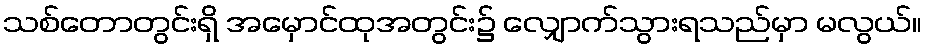
သစ်တောတွင်းရှိ အမှောင်ထုအတွင်း၌ လျှောက်သွားရသည်မှာ မလွယ်။